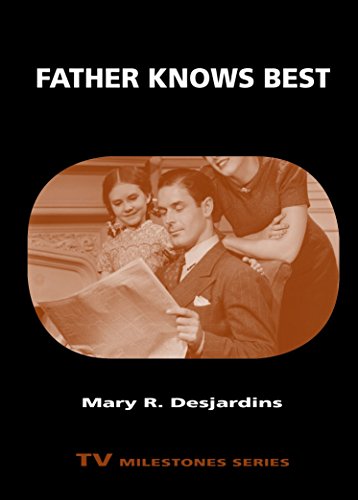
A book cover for Father Knows Best (TV Milestones Series); Mary R. Desjardins; Humor & Entertainment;